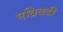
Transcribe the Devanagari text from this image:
एव्रिबडी